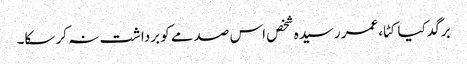
برگد کیا کٹا،عمر رسیدہ شخص اس صدمے کو برداشت نہ کر سکا۔